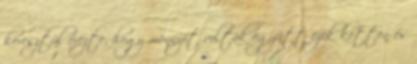
keresztül érezte, hogy mennyit voltak együtt ezek ketten és